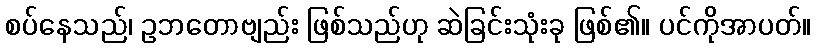
စပ်နေသည်၊ ဥဘတောဗျည်း ဖြစ်သည်ဟု ဆဲခြင်းသုံးခု ဖြစ်၏။ ပင်ကိုအာပတ်။